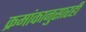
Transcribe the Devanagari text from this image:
क्रमांकानुसारही